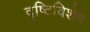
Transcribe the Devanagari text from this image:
दृष्टिविशेष